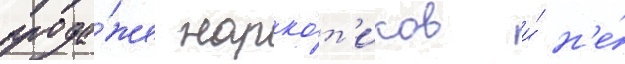
прода́же нарко́т'иков и́ н'е́